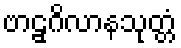
ဗာဠှဂိလာနသုတ္တံ